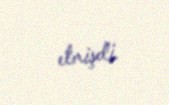
etmişdi.